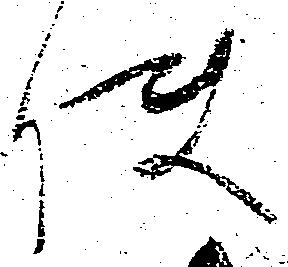
使